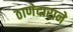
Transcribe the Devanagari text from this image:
ठाणेदाराने